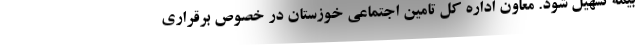
بیمه تسهیل شود. معاون اداره کل تامین اجتماعی خوزستان در خصوص برقراری